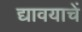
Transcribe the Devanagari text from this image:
द्यावयाचें